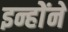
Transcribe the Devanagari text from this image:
इन्होेंने